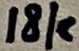
Text: 18k